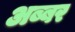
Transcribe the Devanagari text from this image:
अब्बर